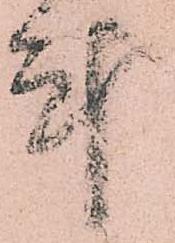
計